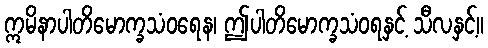
ဣမိနာပါတိမောက္ခသံဝရေန၊ ဤပါတိမောက္ခသံဝရနှင့် သီလနှင့်။